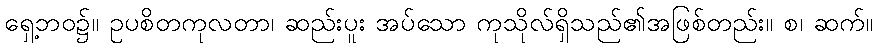
ရှေ့ဘဝ၌။ ဥပစိတကုလတာ၊ ဆည်းပူး အပ်သော ကုသိုလ်ရှိသည်၏အဖြစ်တည်း။ စ၊ ဆက်။